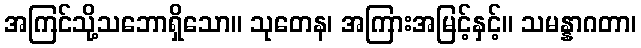
အကြင်သို့သဘောရှိသော။ သုတေန၊ အကြားအမြင့်နှင့်။ သမန္နာဂတာ၊